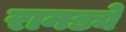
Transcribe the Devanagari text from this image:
रानड्ये